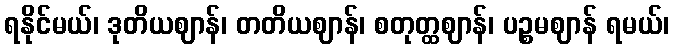
ရနိုင်မယ်၊ ဒုတိယဈာန်၊ တတိယဈာန်၊ စတုတ္ထဈာန်၊ ပဉ္စမဈာန် ရမယ်၊